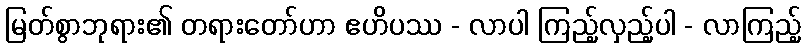
မြတ်စွာဘုရား၏ တရားတော်ဟာ ဧဟိပဿ - လာပါ ကြည့်လှည့်ပါ - လာကြည့်